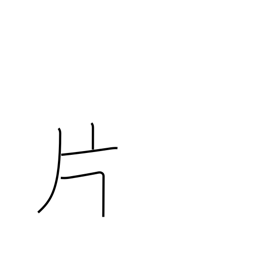
Meaning: leaf